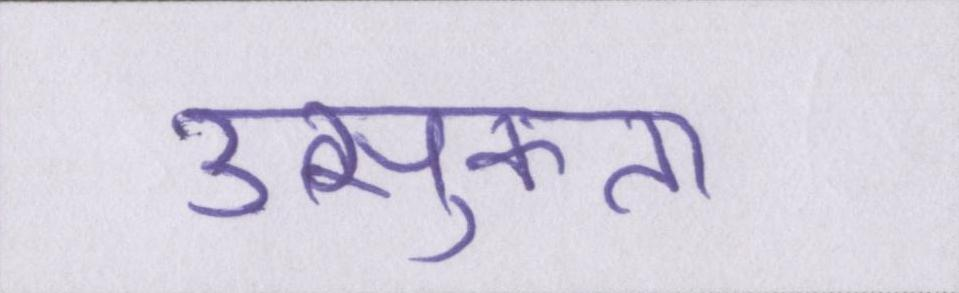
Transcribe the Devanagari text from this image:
उत्सुकता